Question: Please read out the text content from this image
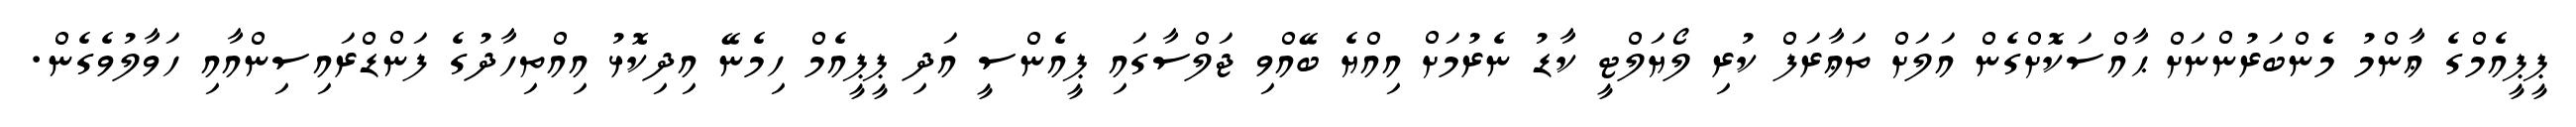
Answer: ޕީޕީއެމްގެ ޢާންމު މެންބަރުންނަށް ޙާއްސަކޮށްގެން އަލަށް ތަޢާރަފް ކުރި ލޯޔަލްޓީ ކާޑު ނެރުމަށް އިއްޔެ ބޭއްވި ޖަލްސާގައި ޕީއެންސީ އަދި ޕީޕީއެމް ހިމެނޭ އިދިކޮޅު އިއްތިހާދުގެ ފަންޑްރައިސިންއާއި ހަވާލުވެގެން.